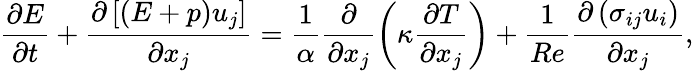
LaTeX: \frac{\partial E}{\partial t}+\frac{\partial\left[\left(E+p\right)u_{j}\right]}{\partial x_{j}}=\frac{1}{\alpha}\frac{\partial}{\partial x_{j}}\left(\kappa\frac{\partial T}{\partial x_{j}}\right)+\frac{1}{Re}\frac{\partial\left(\sigma_{ij}u_{i}\right)}{\partial x_{j}},